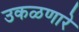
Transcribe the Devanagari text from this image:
उकळणारे